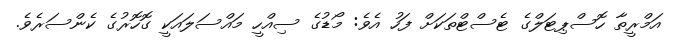
އަމްރީތާ ހޮސްޕިޓަލްގެ ޓެސްޓްތަކަށް ފަހު އެވެ: މޯޑުގެ ސިއްހީ މައްސަލައަކީ ގޮހޮރުގެ ކެންސަރެވެ.